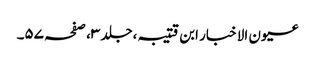
عیون الاخبار ابن قتیبہ ،جلد ٣، صفحہ ٥٧۔